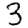
Digit: 3